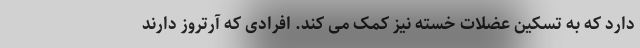
دارد که به تسکین عضلات خسته نیز کمک می کند. افرادی که آرتروز دارند